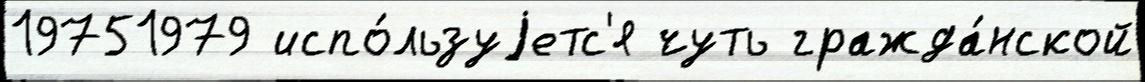
19751979 испо́льзуjетс'я чуть гражда́нской